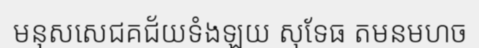
មនុសសេជគជ័យទំងឡយ សុទែធ តមនមហច